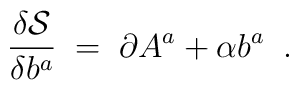
\frac{\delta \mathcal{S}}{\delta b^a}\;=\;\partial A^a+\alpha b^a\;\;.